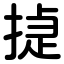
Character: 㨗